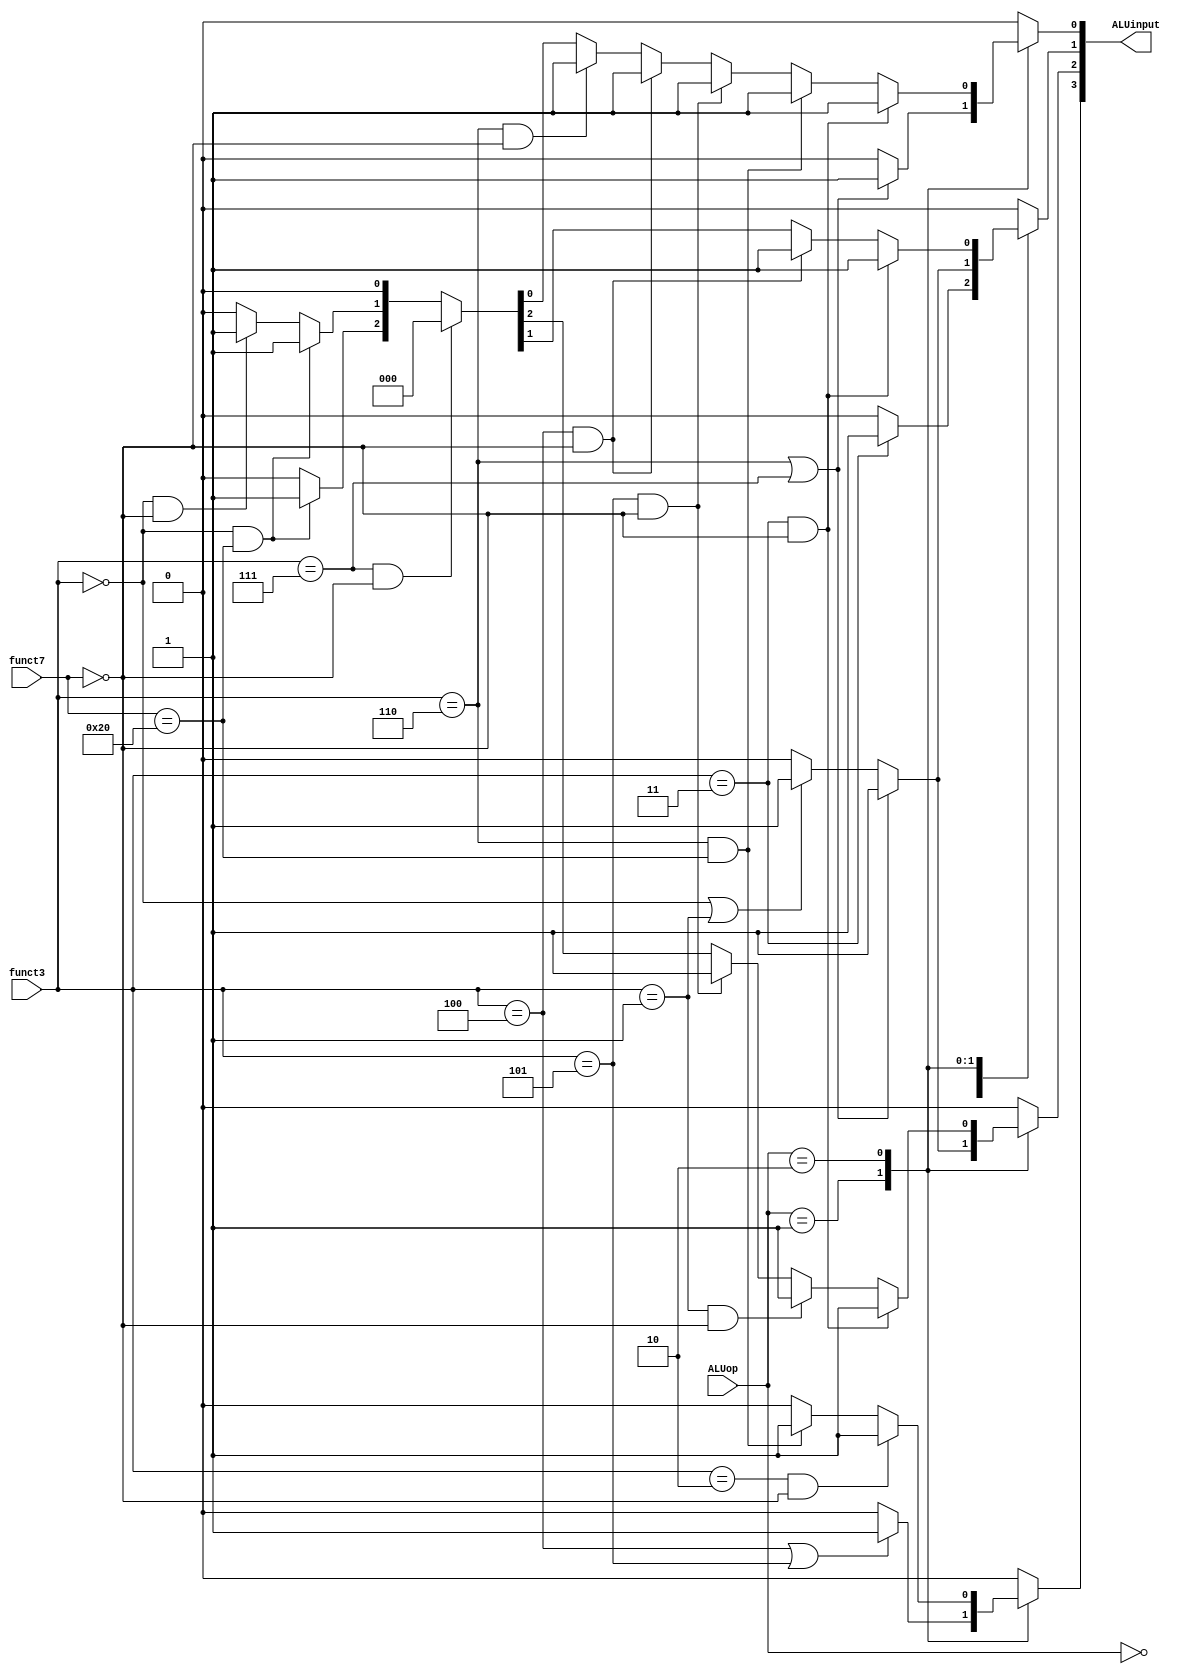
`timescale 1ns / 1ps
//////////////////////////////////////////////////////////////////////////////////
// Company: 
// Engineer: 
// 
// Design Name: 
// Module Name: ALUcontrol
// Project Name: 
// Target Devices: 
// Tool Versions: 
// Description: 
// 
// Dependencies: 
// 
// Revision:
// Revision 0.01 - File Created
// Additional Comments:
// 
//////////////////////////////////////////////////////////////////////////////////


module ALUcontrol(input [1:0] ALUop,
                  input [6:0] funct7,
                  input [2:0] funct3,
                  output reg [3:0] ALUinput);
    
    always @(*) begin
        ALUinput[3:0] = 0;
        case (ALUop)
            0: begin // I,S
                if (funct3 == 3) begin
                    ALUinput[1] = 1; // LD, SD
                end
            end
            1: begin // B
                if (funct3 == 0 || funct3 == 1) begin
                    ALUinput[2] = 1;
                    ALUinput[1] = 1; // BEQ, BNE
                end
                if (funct3 == 4 || funct3 == 5) begin
                    ALUinput[3] = 1; // BLT, BGE
                end
                if (funct3 ==  6|| funct3 == 7) begin
                    ALUinput[2] = 1;
                    ALUinput[1] = 1;
                    ALUinput[0] = 1; // BLTU, BGEU
                end
            end
            2: begin // R, funct7
                if (funct3 == 0 && funct7 == 0) begin
                    ALUinput[1] = 1; // ADD
                end
                if (funct3 == 0 && funct7 == 32) begin
                    ALUinput[2] = 1;
                    ALUinput[1] = 1;
                end
                if (funct3 == 7 && funct7 == 0) begin
                    ALUinput = 0; // AND
                end
                if (funct3 == 6 && funct7 == 0) begin
                    ALUinput[0] = 1; // OR
                end
                if (funct3 == 4 && funct7 == 0) begin
                    ALUinput[1] = 1;
                    ALUinput[0] = 1; // XOR
                end
                if (funct3 == 5 && funct7 == 0) begin
                    ALUinput[2] = 1;
                    ALUinput[0] = 1; // SRL, SRLI
                end
                if (funct3 == 1 && funct7 == 0) begin
                    ALUinput[2] = 1; // SLL, SLLI
                end
                if (funct3 == 6 && funct7 == 32) begin
                    ALUinput[3] = 1;
                    ALUinput[0] = 1; //SRA, SRAI
                end
                if (funct3 == 3 && funct7 == 0) begin
                    ALUinput[2] = 1;
                    ALUinput[1] = 1;
                    ALUinput[0] = 1; // SLTU
                end
                if (funct3 == 2 && funct7 == 0) begin
                    ALUinput[3] = 1; // SLT
                end
            end
        endcase
    end
endmodule